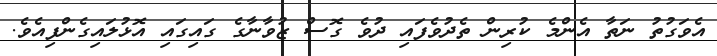
އެވަގުތު ނަތާ އެންމެ ކުރިން ތެދުވެފައި ދުވެ ގޮސް ޒުވާނާގެ ގައިގައި އޮޅުލައިގެންފިއެވެ.